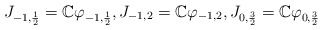
\begin{align*}J_{-1, \frac{1}2}=\Bbb C\varphi_{-1,\frac{1}2},J_{-1,2}=\Bbb C\varphi_{-1,2},J_{0,\frac 32}=\Bbb C\varphi_{0,\frac 32}\end{align*}